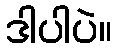
ဒါပါပဲ။